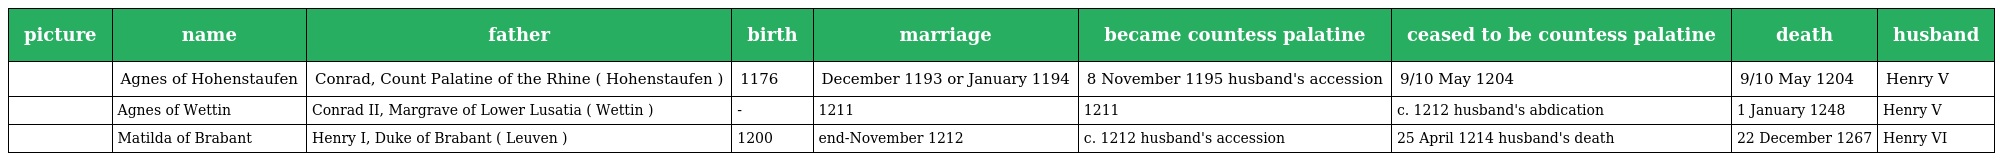
| picture | name | father | birth | marriage | became countess palatine | ceased to be countess palatine | death | husband |
 | --- | --- | --- | --- | --- | --- | --- | --- | --- |
 |  | Agnes of Hohenstaufen | Conrad, Count Palatine of the Rhine ( Hohenstaufen ) | 1176 | December 1193 or January 1194 | 8 November 1195 husband's accession | 9/10 May 1204 | 9/10 May 1204 | Henry V |
 |  | Agnes of Wettin | Conrad II, Margrave of Lower Lusatia ( Wettin ) | - | 1211 | 1211 | c. 1212 husband's abdication | 1 January 1248 | Henry V |
 |  | Matilda of Brabant | Henry I, Duke of Brabant ( Leuven ) | 1200 | end-November 1212 | c. 1212 husband's accession | 25 April 1214 husband's death | 22 December 1267 | Henry VI |